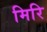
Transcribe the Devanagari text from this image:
मिरि